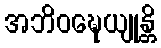
အဘိဝဍ္ဎေယျုန္တိ